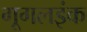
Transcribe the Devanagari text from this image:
गूगलइंक